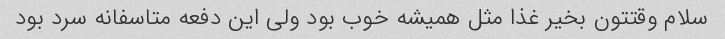
سلام وقتتون بخیر غذا مثل همیشه خوب بود ولی این دفعه متاسفانه سرد بود